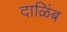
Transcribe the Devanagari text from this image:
दाळिंब